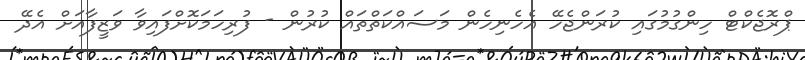
ޕްރޮޖެކްޓް ހިންގުމުގައި ކުރަންޖެހޭ އެހެނިހެން މަސައްކަތްތައް ކުރުން - ފުރިހަމަކޮށްފައިވާ ވަޒީފާއަށް އެދޭ